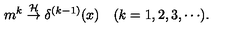
m ^ { k } \stackrel { { \cal H } } { \rightarrow } \delta ^ { ( k - 1 ) } ( x ) \quad ( k = 1 , 2 , 3 , \cdots ) .